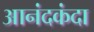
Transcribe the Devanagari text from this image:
आनंदकंदा